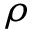
\rho